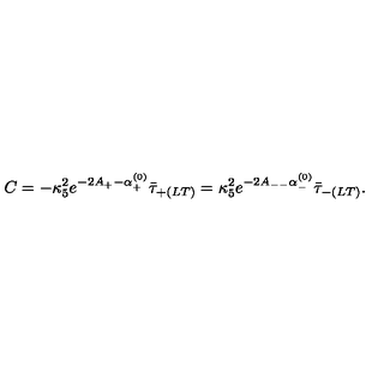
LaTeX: C = - \kappa _ { 5 } ^ { 2 } e ^ { - 2 A _ { + } - \alpha _ { + } ^ { ( 0 ) } } \bar { \tau } _ { + ( L T ) } = \kappa _ { 5 } ^ { 2 } e ^ { - 2 A _ { -- } \alpha _ { - } ^ { ( 0 ) } } \bar { \tau } _ { - ( L T ) } .